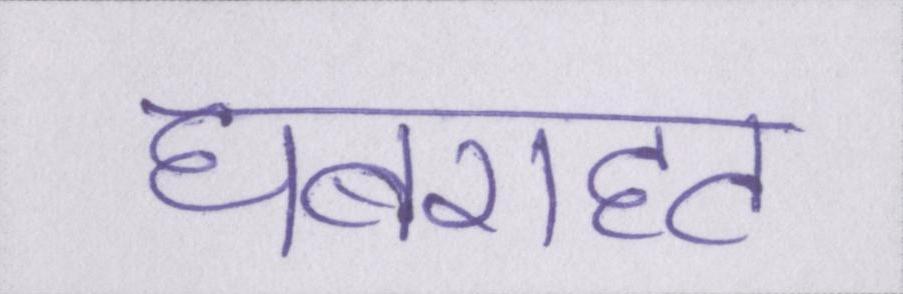
घबराहट